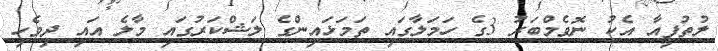
ލުތުފީއާ އެކު ނޮވެމްބަރު 3ގެ ހަމަލާގައި ތަމަޅައިންގެ ލަޝްކަރުގައި މާލެ އައި ދިވެހި